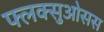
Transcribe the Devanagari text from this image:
फ्लक्सुओसस